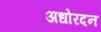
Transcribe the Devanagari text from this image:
अधोरदन